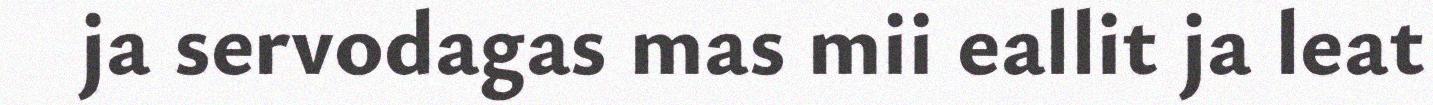
ja servodagas mas mii eallit ja leat